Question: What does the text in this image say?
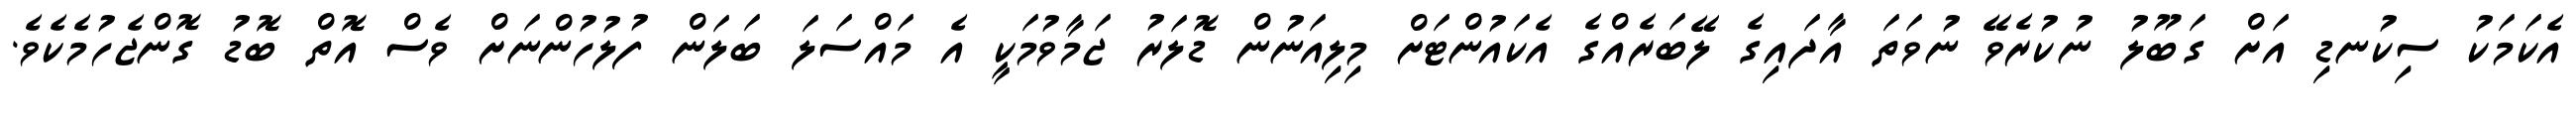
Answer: އެކަމަކު ސިކުނޑި އަށް ގަބޫލު ނުކުރެވޭ ނުވަތަ އާދައިގެ ލޭބަރެއްގެ އެކައުންޓަށް މިލިއަނުން ޑޮލަރު ޖަމާވުމަކީ އެ މައްސަލަ ބަލަން ފުލުހުންނަށް ވެސް އޮތް ބޮޑު ގޮންޖެހުމެކެވެ.